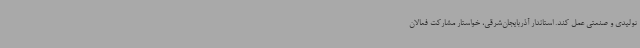
تولیدی و صنعتی عمل کند. استاندار آذربایجان‌شرقی، خواستار مشارکت فعالان